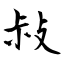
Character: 敊